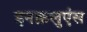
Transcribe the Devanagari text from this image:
इनक्रलुएंस